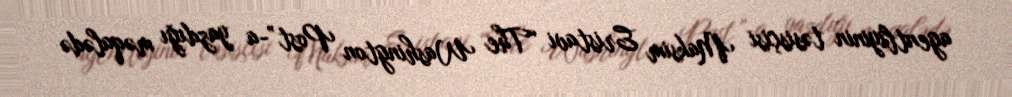
agentliyinin təsisçisi Maksim Eristavi “The Washington Post”-a yazdığı məqalədə